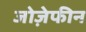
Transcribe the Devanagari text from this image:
जोज़ेफीन